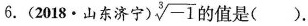
6.(2018 \cdot 山东济宁) $$\sqrt [ 3 ] { - 1 }$$ 的值是( ).